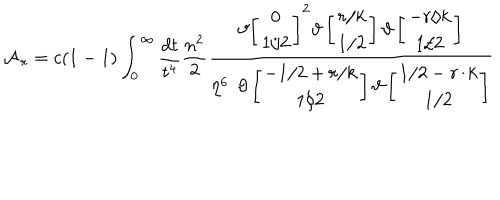
{ \cal A } _ { \, r } = c ( 1 - 1 ) \int _ { 0 } ^ { \infty } \frac { d t } { t ^ { 4 } } \frac { n ^ { 2 } } { 2 } { \frac { \vartheta { \left[ \begin{array} { c } { { 0 } } \\ { { 1 / 2 } } \\ \end{array} \right] } ^ { 2 } \vartheta \left[ \begin{array} { c } { { r / k } } \\ { { 1 / 2 } } \\ \end{array} \right] \vartheta \left[ \begin{array} { c } { { - r / k } } \\ { { 1 / 2 } } \\ \end{array} \right] } { \eta ^ { 6 } \; \, \vartheta \left[ \begin{array} { c } { { - 1 / 2 + r / k } } \\ { { 1 / 2 } } \\ \end{array} \right] \vartheta \left[ \begin{array} { c } { { 1 / 2 - r / k } } \\ { { 1 / 2 } } \\ \end{array} \right] } }